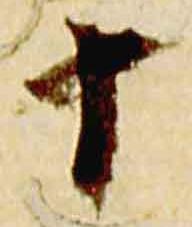
十